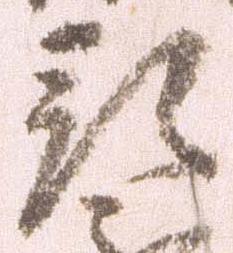
預